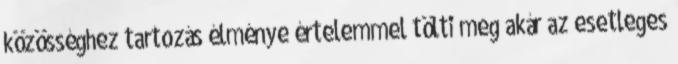
közösséghez tartozás élménye értelemmel tölti meg akár az esetleges